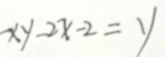
x y - 2 x - 2 = y